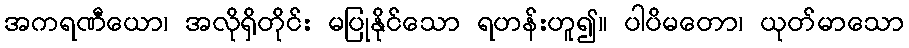
အကရဏီယော၊ အလိုရှိတိုင်း မပြုနိုင်သော ရဟန်းဟူ၍။ ပါပိမတော၊ ယုတ်မာသော